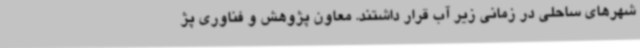
شهرهای ساحلی در زمانی زیر آب قرار داشتند. معاون پژوهش و فناوری پژ